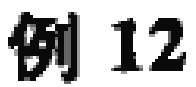
例~12